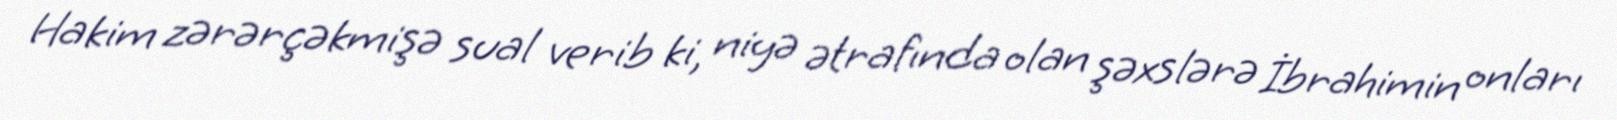
Hakim zərərçəkmişə sual verib ki, niyə ətrafında olan şəxslərə İbrahimin onları